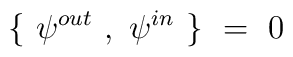
\{~\psi^{out}~,~\psi^{in}~\}~=~0 ~